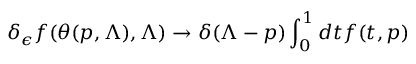
\delta _ { \epsilon } f ( \theta ( p , \Lambda ) , \Lambda ) \rightarrow \delta ( \Lambda - p ) \int _ { 0 } ^ { 1 } d t f ( t , p )